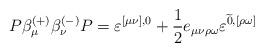
LaTeX: \begin{align*}P\beta _\mu ^{(+)}\beta _\nu ^{(-)}P=\varepsilon ^{[\mu \nu ],0}+\frac12e_{\mu \nu \rho \omega }\varepsilon ^{\widetilde{0},[\rho \omega ]}\end{align*}